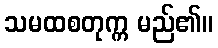
သမထစတုက္က မည်၏။